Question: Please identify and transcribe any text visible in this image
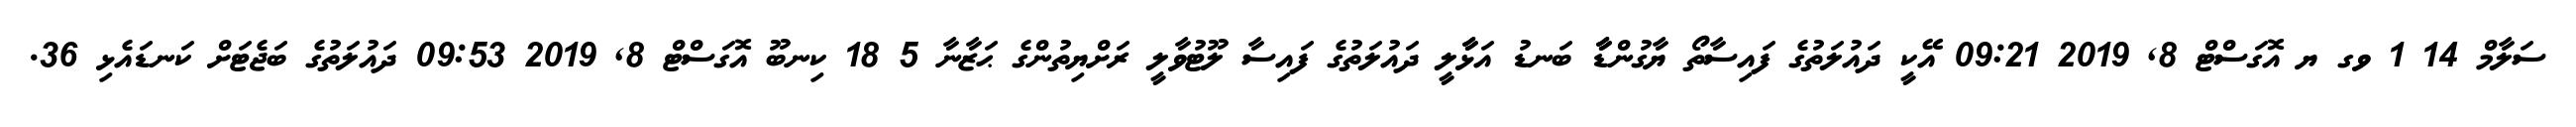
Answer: ސަލާމް 14 1 ވގ ޔ އޮގަސްޓް 8, 2019 09:21 އޭކީ ދައުލަތުގެ ފައިސާތޯ ޔާގުންޑާާ ބަނޑު އަޅާާލީ ދައުލަތުގެ ފައިސާ ލޫޓުވާލީ ރަށްޔިތުންގެ ޙަޒާނާ 5 18 ކިނބޫ އޮގަސްޓް 8, 2019 09:53 ދައުލަތުގެ ބަޖެޓަށް ކަނޑައެޅި 36.